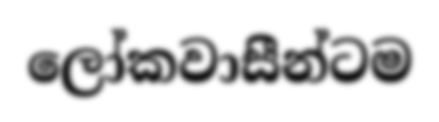
ලෝකවාසීන්ටම